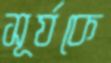
সূর্যকে